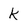
Character: k